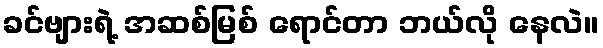
ခင်ဗျားရဲ့ အဆစ်မြစ် ရောင်တာ ဘယ်လို နေလဲ။